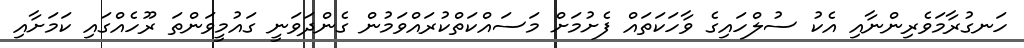
ހަނގުރާމަވެރިންނާއި އެކު ސުލްހައިގެ ވާހަކަތައް ފެށުމަށް މަސައްކަތްކުރައްވަމުން ގެންދަވަނީ ގައުމީވަންތަ ރޫހެއްގައި ކަމަށާއި